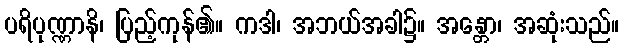
ပရိပုဏ္ဏာနိ၊ ပြည့်ကုန်၏။ ကဒါ၊ အဘယ်အခါ၌။ အန္တော၊ အဆုံးသည်။